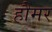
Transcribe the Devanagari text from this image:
हौमर